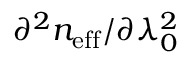
\partial ^ { 2 } n _ { \mathrm { e f f } } / \partial \lambda _ { 0 } ^ { 2 }